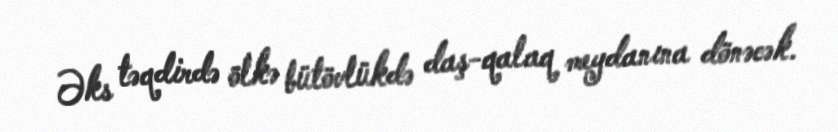
Əks təqdirdə ölkə bütövlükdə daş-qalaq meydanına dönəcək.